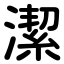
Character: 潔